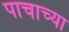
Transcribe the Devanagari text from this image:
पाचाच्या